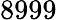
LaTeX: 8999